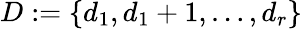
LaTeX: D:=\{ d_{1},d_{1}+1,\dots,d_{r}\}